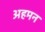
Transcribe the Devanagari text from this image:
अहमन